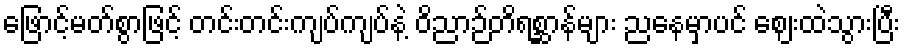
ဖြောင့်မတ်စွာဖြင့် တင်းတင်းကျပ်ကျပ်နဲ့ ဝိညာဉ်တိရစ္ဆာန်များ ညနေမှာပင် ဈေးထဲသွားပြီး